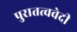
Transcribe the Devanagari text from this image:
पुरातत्ववेदी